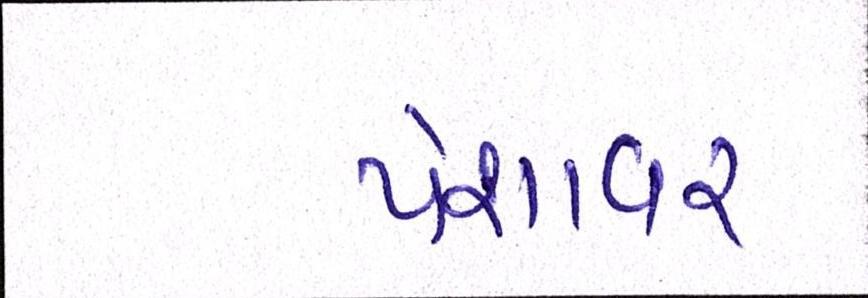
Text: પેશાવર